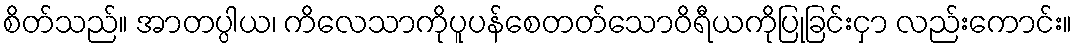
စိတ်သည်။ အာတပ္ပါယ၊ ကိလေသာကိုပူပန်စေတတ်သောဝိရီယကိုပြုခြင်းငှာ လည်းကောင်း။